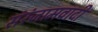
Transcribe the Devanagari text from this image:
संरंजामवादी